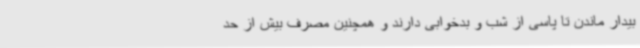
بیدار ماندن تا پاسی از شب و بدخوابی دارند و همچنین مصرف بیش از حد